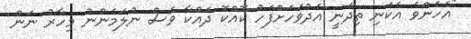
"އެހެންވެ އެކަނި ތިދަނީ އެދުވަހަށްފަހު ކޮއްކޮ ދައްކާ ވެސް ނުލަމެންނު މިހާރު ނަން